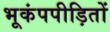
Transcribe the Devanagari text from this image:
भूकंपपीड़ितों